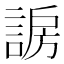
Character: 𬢰